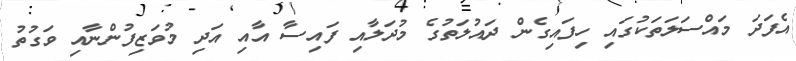
އެފަދަ މައްސަލަތަކުގައި ހިފައިގެން ދައުލަތުގެ މުދަލާއި ފައިސާ އާއި އަދި މުވަޒިފުންނާއި ވަގުތު